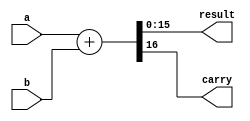
module half_precision_addition (
  input [15:0] a,
  input [15:0] b,
  output [15:0] result,
  output carry
);

assign {carry, result} = a + b;

endmodule